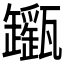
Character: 𤮬